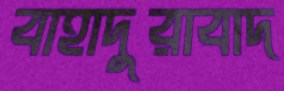
বাহাদুরাবাদ